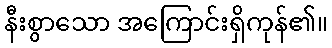
နီးစွာသော အကြောင်းရှိကုန်၏။